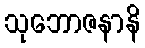
သုဘောဇနာနိ